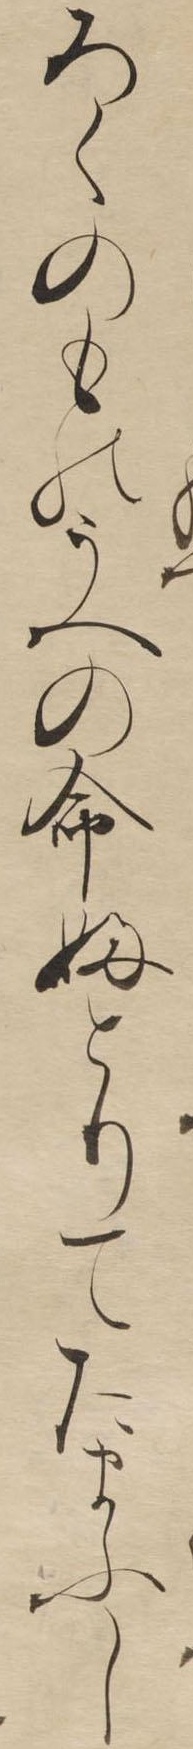
ろくのものうへの命婦とりてたまふし